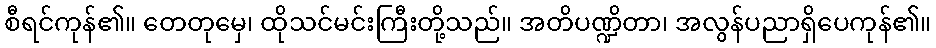
စီရင်ကုန်၏။ တေတုမှေ၊ ထိုသင်မင်းကြီးတို့သည်။ အတိပဏ္ဍိတာ၊ အလွန်ပညာရှိပေကုန်၏။